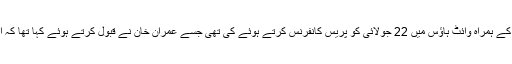
خیال رہے کہ امریکی صدر نے پہلی مرتبہ ثالثی کا کردار ادا کرنے کی پیشکش وزیر اعظم عمران خان کے ہمراہ وائٹ ہاؤس میں 22 جولائی کو پریس کانفرنس کرتے ہوئے کی تھی جسے عمران خان نے قبول کرتے ہوئے کہا تھا کہ اگر امریکی صدر مسئلے کو حل کراانے میں کامیاب ہوگئے تو انہیں کروڑوں لوگوں کی دعائیں ملیں گی۔